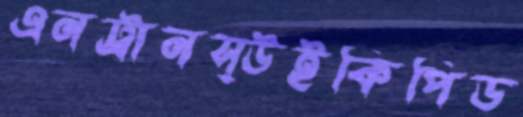
এনট্রানস্উইকিপিড